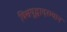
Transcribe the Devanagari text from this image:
विश्वयुद्धादरम्यान